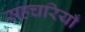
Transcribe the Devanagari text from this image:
सहचरियाँ